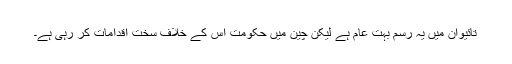
تائیوان میں یہ رسم بہت عام ہے لیکن چین میں حکومت اس کے خلاف سخت اقدامات کر رہی ہے۔